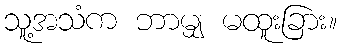
သူ့အသံက ဘာမျှ မထူးခြား။